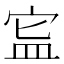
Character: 𥁗